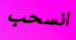
انسحب